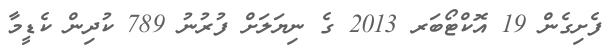
ފެށިގެން 19 އޮކްޓޯބަރ 2013 ގެ ނިޔަލަށް ފުރުނު 789 ކުދިން ކެޑީމާ